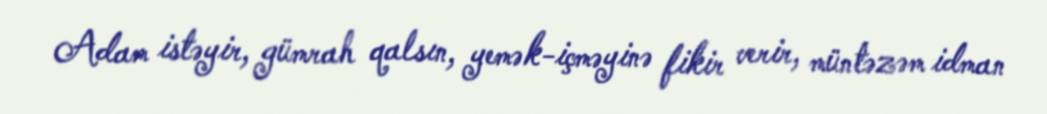
Adam istəyir, gümrah qalsın, yemək-içməyinə fikir verir, müntəzəm idman